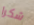
شكرا